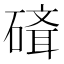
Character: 𥕁